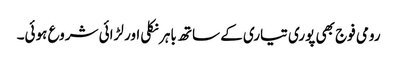
رومی فوج بھی پوری تیاری کے ساتھ باہرنکلی اور لڑائی شروع ہوئی۔